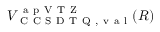
V _ { \mathrm { ~ C ~ C ~ S ~ D ~ T ~ Q ~ , ~ v ~ a ~ l ~ } } ^ { \mathrm { ~ a ~ p ~ V ~ T ~ Z ~ } } ( R )